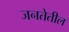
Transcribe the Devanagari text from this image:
जनतेतील